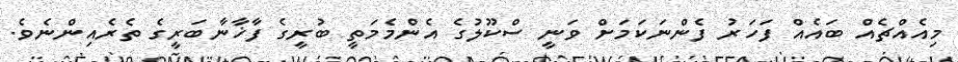
މިއެއްޗެއް ބައެެއް ފަހަރު ފެންނަކަމަށް ވަނީ ސްކޫލުގެ އެންމެމަތީ ބުރީގެ ފާޚާނާބަރީގެ ތެރެއިންނެވެ.